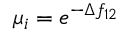
\mu _ { i } = e ^ { - \Delta f _ { 1 2 } }